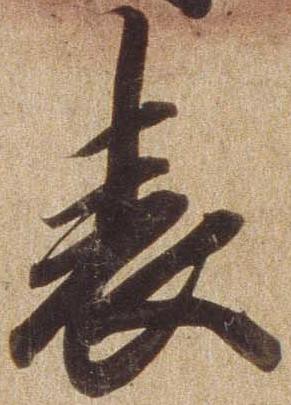
表